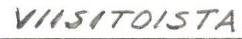
VIISITOISTA